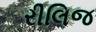
રીલિજ